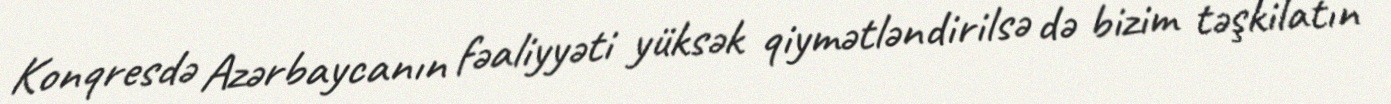
Konqresdə Azərbaycanın fəaliyyəti yüksək qiymətləndirilsə də bizim təşkilatın